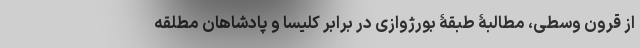
از قرون وسطی، مطالبۀ طبقۀ بورژوازی در برابر کلیسا و پادشاهان مطلقه